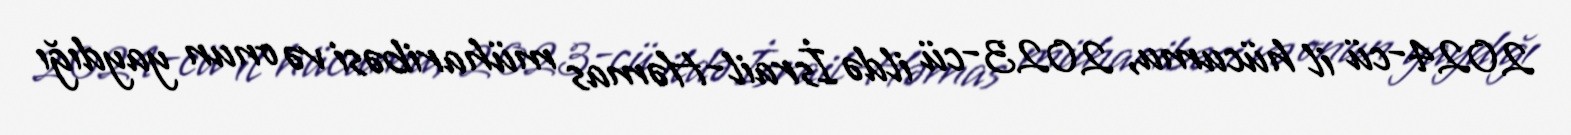
2024-cü il hücumu, 2023-cü ildə İsrail-Həmas müharibəsi və onun yaydığı